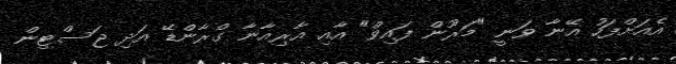
އެއަށްފަހު އޭނާ ވަނީ "މަރޫން ފައިވް" އާއި އާރިއާނާ ގްރާންޑޭ އަދި ޖަސްޓިން